Alma_Vaarman, lk 34
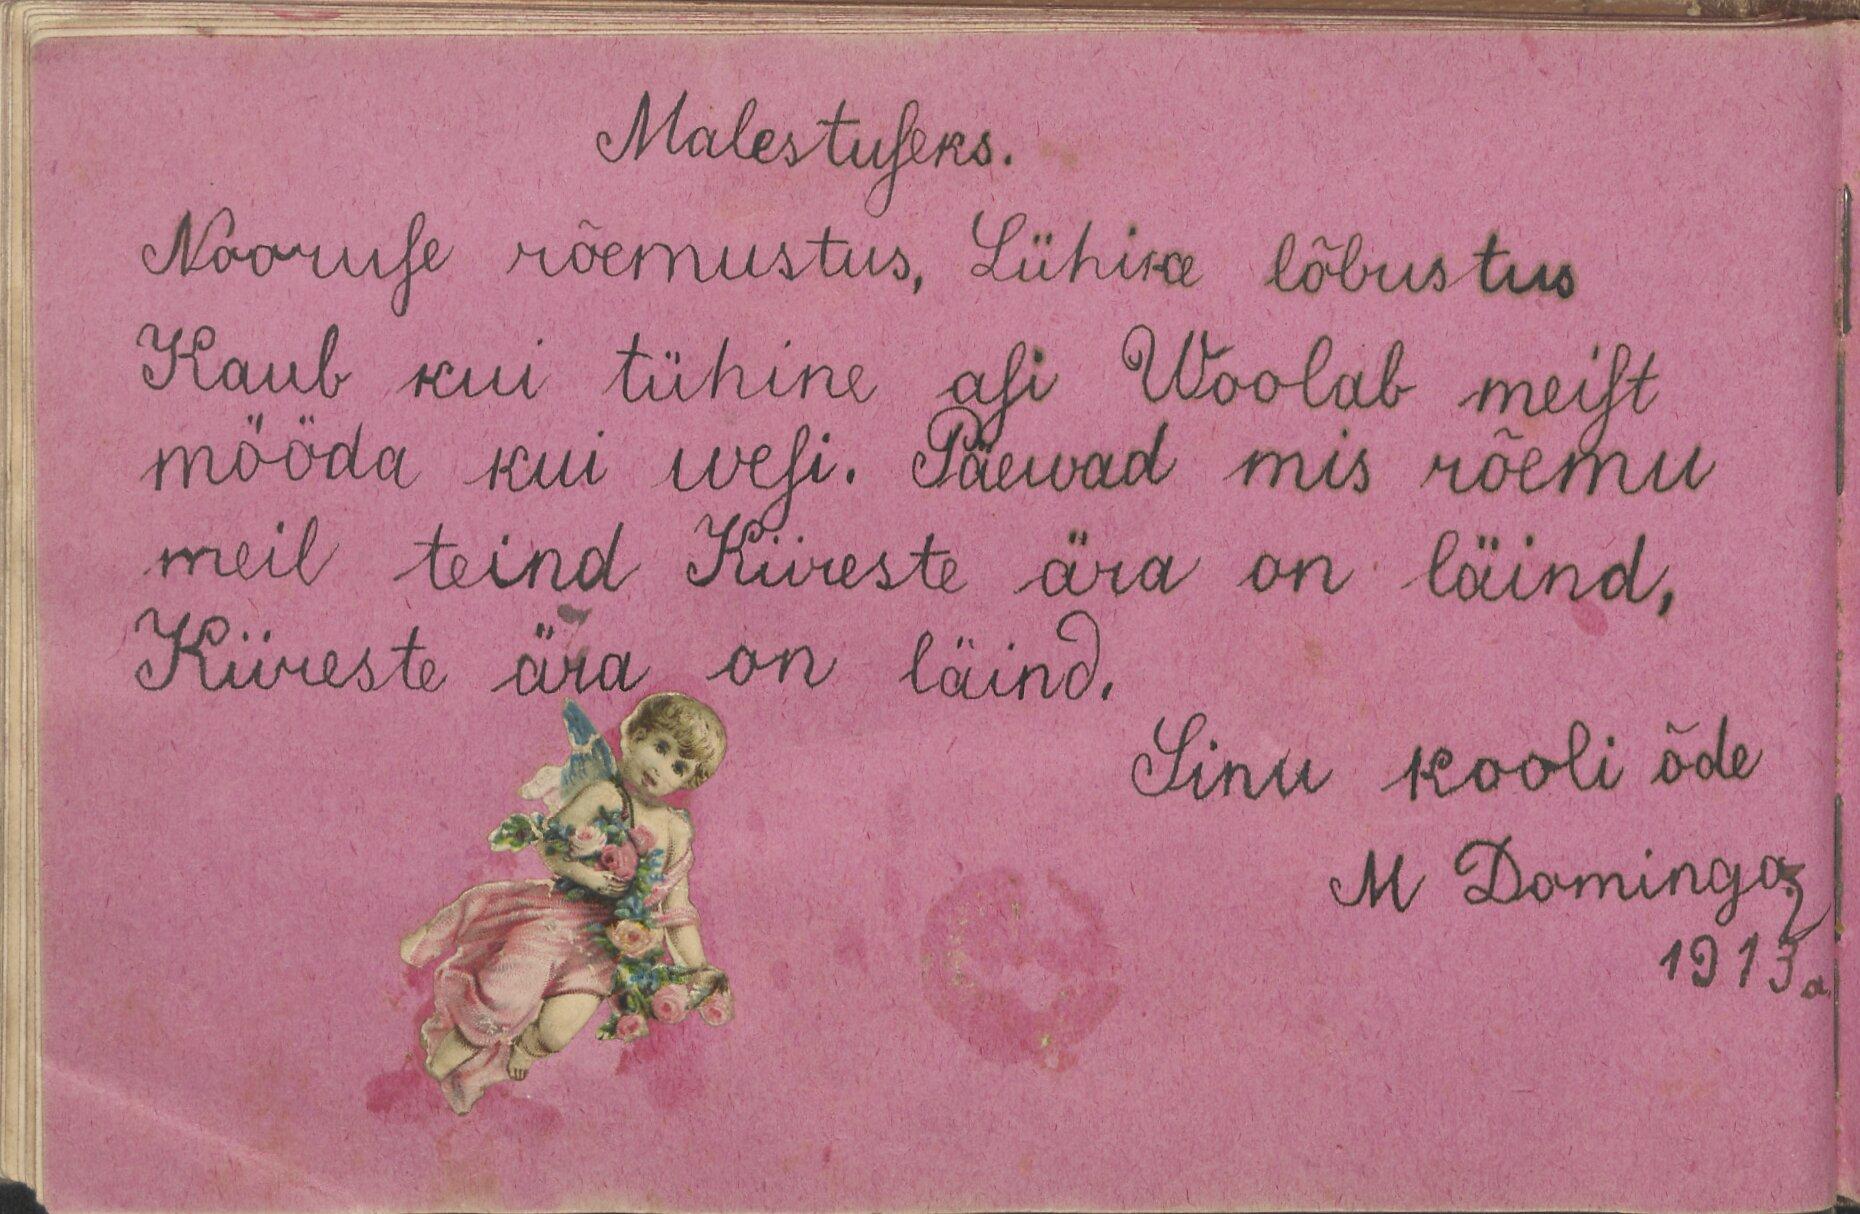
Malestuseks.
Nooruse rõemustus, Lühike lõbustus
Kaub kui tühine asi Woolab meist
mööda kui wesi. Päewad mis rõemu
meil teind Kiireste ära on läind,
Kiireste ära on läind,
Sinu kooli õde
M Domingas
1913 a.